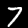
Label: 7